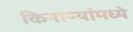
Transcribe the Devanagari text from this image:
किनाऱ्यांमध्ये